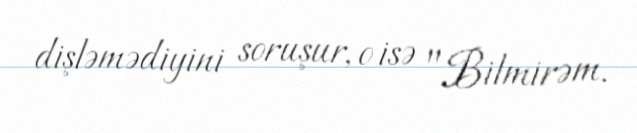
dişləmədiyini soruşur, o isə "Bilmirəm.